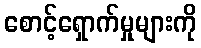
စောင့်ရှောက်မှုများကို